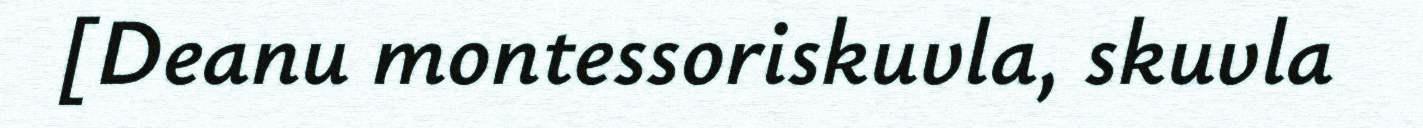
[Deanu montessoriskuvla, skuvla